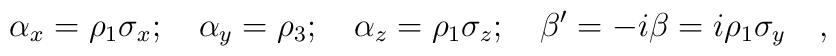
\alpha_x =\rho_1 \sigma_x ;\quad \alpha_y =\rho_3 ;\quad\alpha_z =\rho_1 \sigma_z ; \quad\beta^\prime = -i\beta =i\rho_1 \sigma_y\quad,